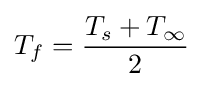
{{T}_{f}}={\frac {{{T}_{s}}+{{T}_{\infty }}}{2}}